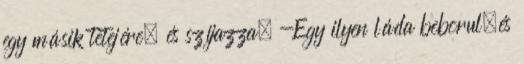
egy másik tetejére, és szíjazza. -Egy ilyen láda beborul,és